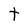
Character: t